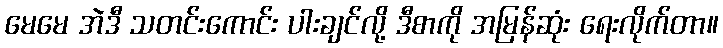
မေမေ အဲဒီ သတင်းကောင်း ပါးချင်လို့ ဒီစာကို အမြန်ဆုံး ရေးလိုက်တာ။